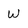
Character: W